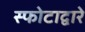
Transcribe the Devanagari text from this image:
स्फोटाद्वारे